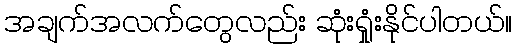
အချက်အလက်တွေလည်း ဆုံးရှုံးနိုင်ပါတယ်။